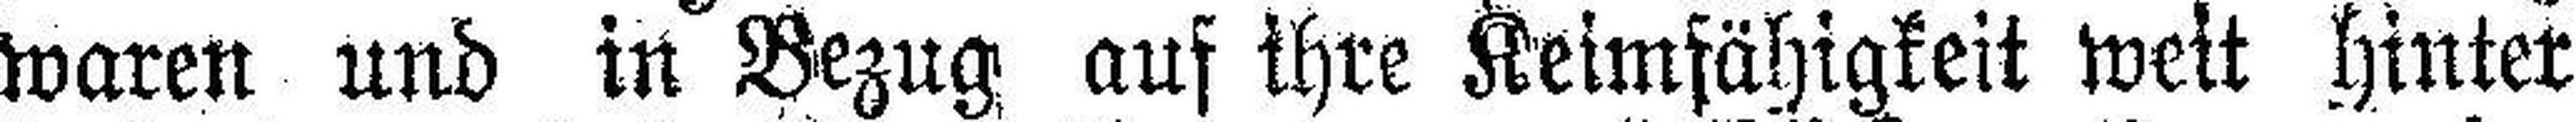
waren und in Bezug auf ihre Keimfähigkeit weit hinter